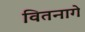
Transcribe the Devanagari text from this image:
वितनागे